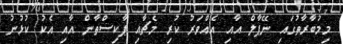
މިމުބާރާތުގައި ނޭޕާލް އާއި އެއްވަރު ކުރި މެޗާއި ޕާކިސްތާން އާއި އެކު ކުޅުނު